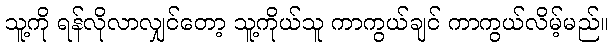
သူ့ကို ရန်လိုလာလျှင်တော့ သူ့ကိုယ်သူ ကာကွယ်ချင် ကာကွယ်လိမ့်မည်။